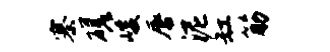
寨磋峻唇泥缸筋